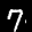
Label: 7